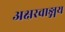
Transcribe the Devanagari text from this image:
अक्षरवाङ्मय